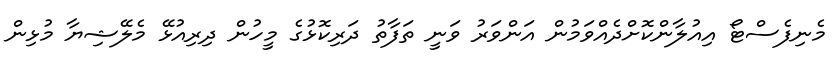
މެނިފެސްޓޯ އިއުލާންކޮށްދެއްވަމުން އަންވަރު ވަނީ ތަފާތު ދަރިކޮޅުގެ މީހުން ދިރިއުޅޭ މެލޭޝިޔާ މުޅިން